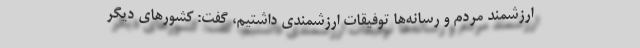
ارزشمند مردم و رسانه‌ها توفیقات ارزشمندی داشتیم، گفت: کشورهای دیگر